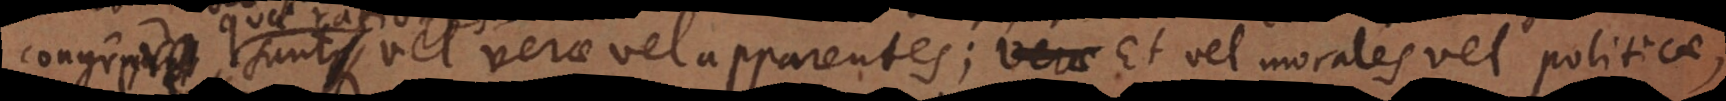
rationes sunt vel verae vel apparentes; verae et vel morales vel politicae,